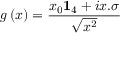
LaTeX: g \left( x \right) = \frac { x _ { 0 } \mathbf { 1 } _ { 4 } + i x . \sigma } { \sqrt { x ^ { 2 } } }